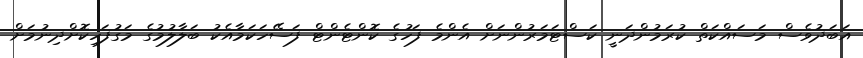
އަބަދުވެސް މަސައްކަތް ކުރަމުންދަނީ ކަސްޓަމަރުންނަށް އެންމެ ފަހުގެ ކޮންޓެންޓް ފަސޭހަކަމާއެކު ބަލާލުމުގެ މަގުފަހިކޮށްދިނުމަށް